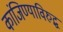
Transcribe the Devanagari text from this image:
कांजिण्याविरुद्ध